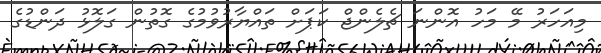
މިއަހަރު މޭ މަހު އޮންނަ ޗެލެންޖް ކަޕަށް ތައްޔާރުވުމުގެ ގޮތުން ގަލޮޅު ދަންޑުގެ